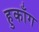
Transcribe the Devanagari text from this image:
हुकाँग